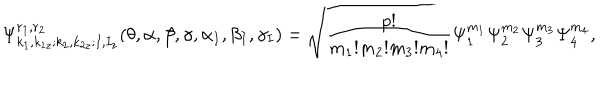
\Psi _ { k _ { 1 } , k _ { 1 z } ; k _ { 2 } , k _ { 2 z } ; I , I _ { z } } ^ { r _ { 1 } , r _ { 2 } } ( \theta , \alpha , \beta , \gamma , \alpha _ { I } , \beta _ { I } , \gamma _ { I } ) = \sqrt { \frac { p ! } { m _ { 1 } ! m _ { 2 } ! m _ { 3 } ! m _ { 4 } ! } } \Psi _ { 1 } ^ { m _ { 1 } } \Psi _ { 2 } ^ { m _ { 2 } } \Psi _ { 3 } ^ { m _ { 3 } } \Psi _ { 4 } ^ { m _ { 4 } } ,